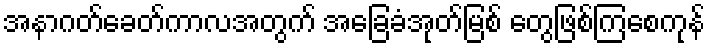
အနာဂတ်ခေတ်ကာလအတွက် အခြေခံအုတ်မြစ် တွေဖြစ်ကြစေကုန်